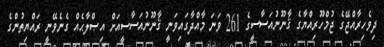
ދިވެހިރާއްޖޭގެ ޖުމްހޫރިއްޔާގެ ޤާނޫނުއަސާސީގެ 261 ވަނަ މާއްދާގައިވަނީ ޤާނޫނުއަސާސީއަށް އިޞްލާޙެއް ގެނެވޭނީ ރައްޔިތުންގެ